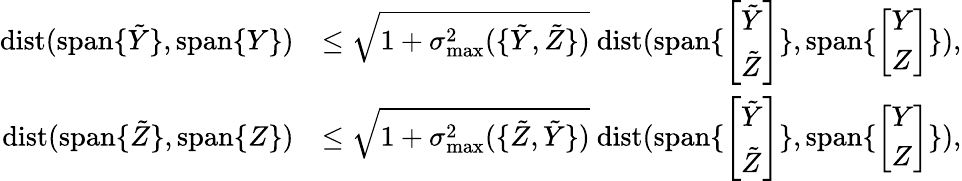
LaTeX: \begin{array}{rl}{{\mathrm{dist}}({\mathrm{span}}\{ \tilde{Y}\} ,{\mathrm{span}}\{ Y\} )}&{\leq\sqrt{1+\sigma_{\operatorname*{max}}^{2}(\{ \tilde{Y},\tilde{Z}\} )}\ {\mathrm{dist}}({\mathrm{span}}\{ \left[\begin{array}{l}{\tilde{Y}}\\ {\tilde{Z}}\end{array}\right]\} ,{\mathrm{span}}\{ \left[\begin{array}{l}{Y}\\ {Z}\end{array}\right]\} ),}\\ {{\mathrm{dist}}({\mathrm{span}}\{ \tilde{Z}\} ,{\mathrm{span}}\{ Z\} )}&{\leq\sqrt{1+\sigma_{\operatorname*{max}}^{2}(\{ \tilde{Z},\tilde{Y}\} )}\ {\mathrm{dist}}({\mathrm{span}}\{ \left[\begin{array}{l}{\tilde{Y}}\\ {\tilde{Z}}\end{array}\right]\} ,{\mathrm{span}}\{ \left[\begin{array}{l}{Y}\\ {Z}\end{array}\right]\} ),}\end{array}